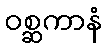
ဝစ္ဆကာနံ